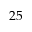
2 5